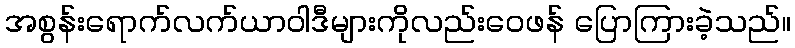
အစွန်းရောက်လက်ယာဝါဒီများကိုလည်းဝေဖန် ပြောကြားခဲ့သည်။